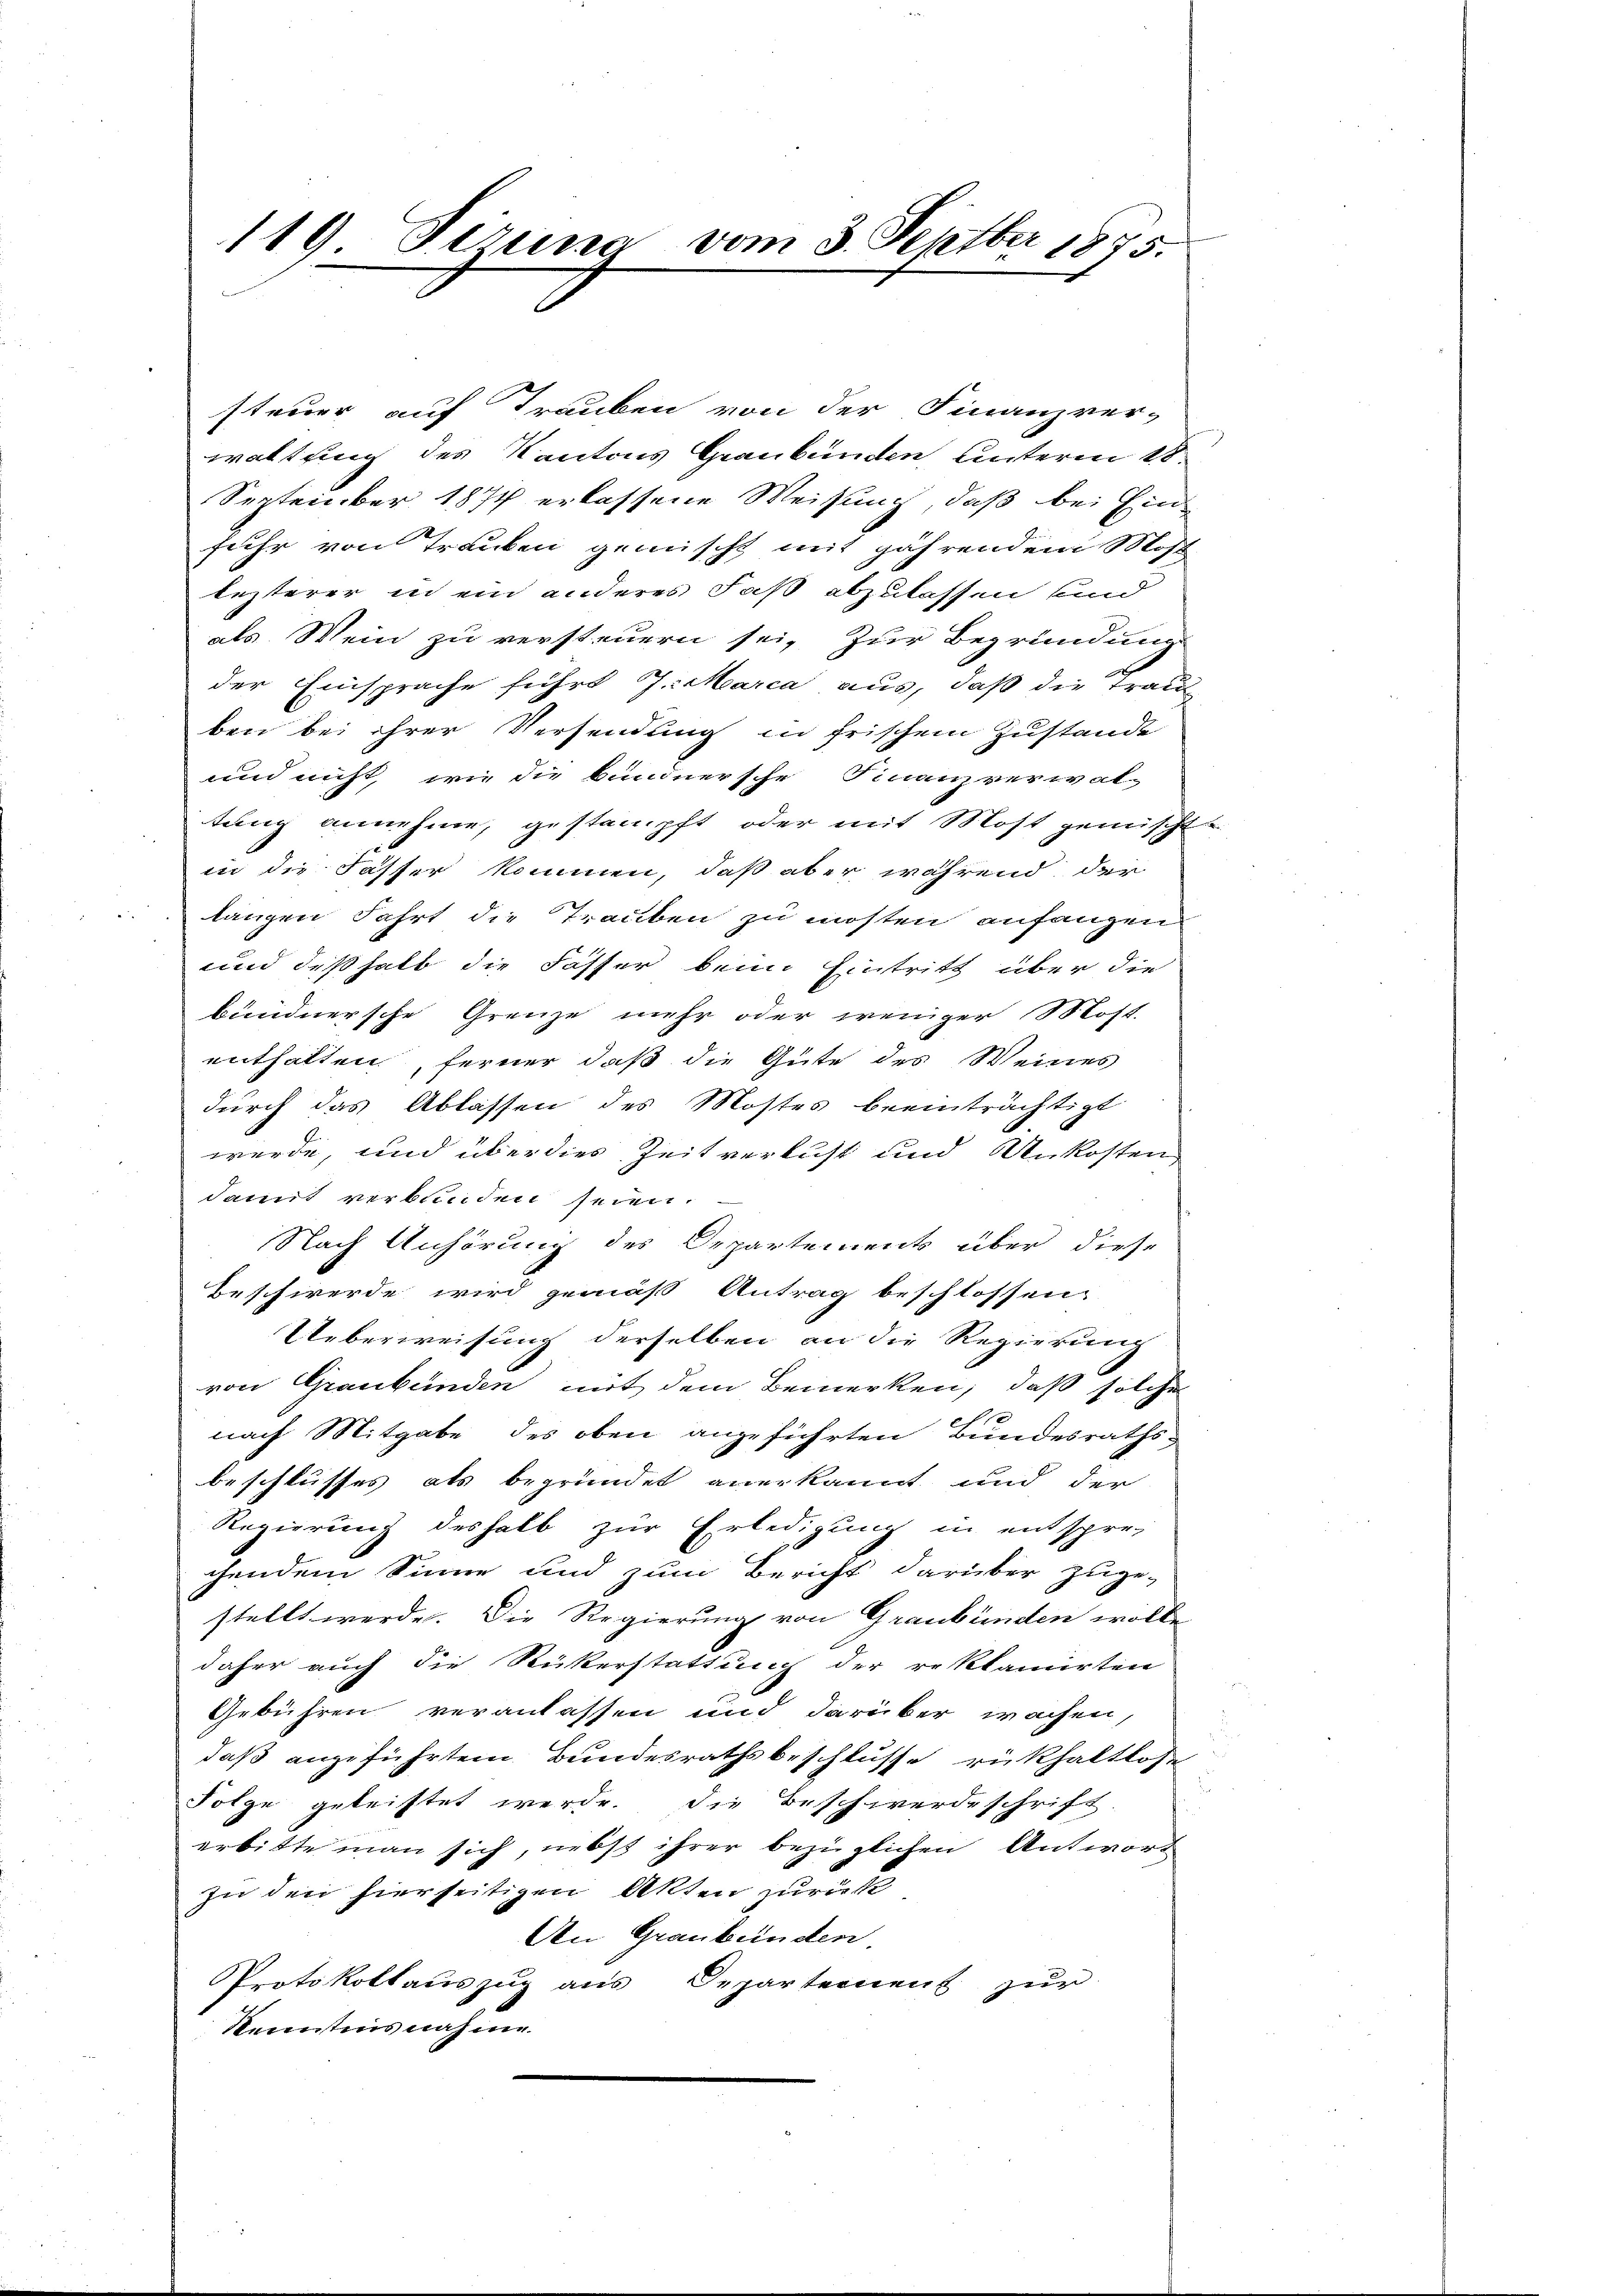
119 Firung vom 3. Septber 1875.

steuer auf Trauben von der Finanzver-
waltung des Kantons Graubünden Unterm 18.
September 1874 erlassene Weisung, daß bei Ein
fuhr von Tranken gemischt mit jährendem Mas
lezterer in ein anderes Faß abzulassen und
als Mein zu versteuern sei, zur Begründung
der Einsprache führt J. Marca aus, daß die Trau
ben bei ihrer Versendung in frischem Zustande
und nicht, wie die bundnersche Finanzverwal-
tung annehme, gestampft oder mit Most gemischte
in die Fasser kommen, daß aber während der
langen Fahrt die Trauben zu mosten anfangen
und deßhalb die Fasser beim Eintritt über die
bündnersche Grenze mehr oder weniger Most-
enthalten, ferner daß die Güte des Weines
durch das Ablassen des Mostes beeinträchtigt
werde, und über dies Zeitverlust und Unkosten,
damit verbunden seien.
Nach Anhörung des Departements über diese
Beschwerde wird gemäß Antrag beschlossen,
Ueberweisung derselben an die Regierung
von Graubünden mit dem Bemerken, daß solche
nach Mitgabe des oben angeführten Bundesraths-
beschlusses als begründet anerkannt und der
Regierung deshalb zur Erledigung in entspre-
chendem Sinne und zum Bericht darüber zuge-
stellt werde. Die Regierung von Graubünden wollen
daher auch die Rückerstattung der reklamirten
Gebühren veranlassen und darüber wachen,
daß angeführtem Bundesrathsbeschlusse rükhaltlose
Folge geleistet werde. Die Beschwerdeschrift
erbitte man sich, nebst ihrer bezüglichen Antwort
In den hierseitigen Akten zurück
An Graubünden
Protokollauszug aus Departement zŭr
Kenntnis nahme

u